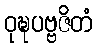
ဝုဍ္ဎပဗ္ဗဇိတံ